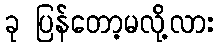
ခု ပြန်တော့မလို့လား